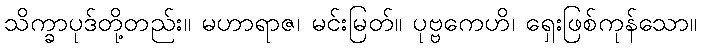
သိက္ခာပုဒ်တို့တည်း။ မဟာရာဇ၊ မင်းမြတ်။ ပုဗ္ဗကေဟိ၊ ရှေးဖြစ်ကုန်သော။